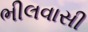
ભીલવાસી